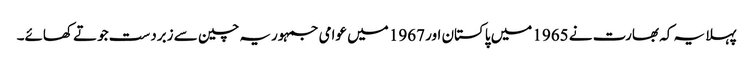
پہلا یہ کہ بھارت نے 1965 میں پاکستان اور 1967 میں عوامی جمہوریہ چین سے زبردست جوتے کھائے۔